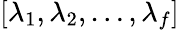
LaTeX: [\lambda_{1},\lambda_{2},\ldots,\lambda_{f}]